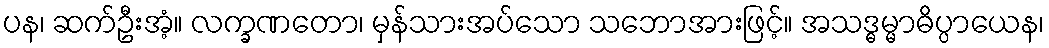
ပန၊ ဆက်ဦးအံ့။ လက္ခဏတော၊ မှန်သားအပ်သော သဘောအားဖြင့်။ အသဒ္ဓမ္မာဓိပ္ပာယေန၊